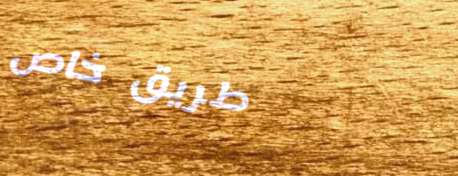
طريق خاص